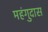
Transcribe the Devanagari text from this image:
महंगुदास